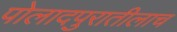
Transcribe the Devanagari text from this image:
पोलादपुरातीलाच